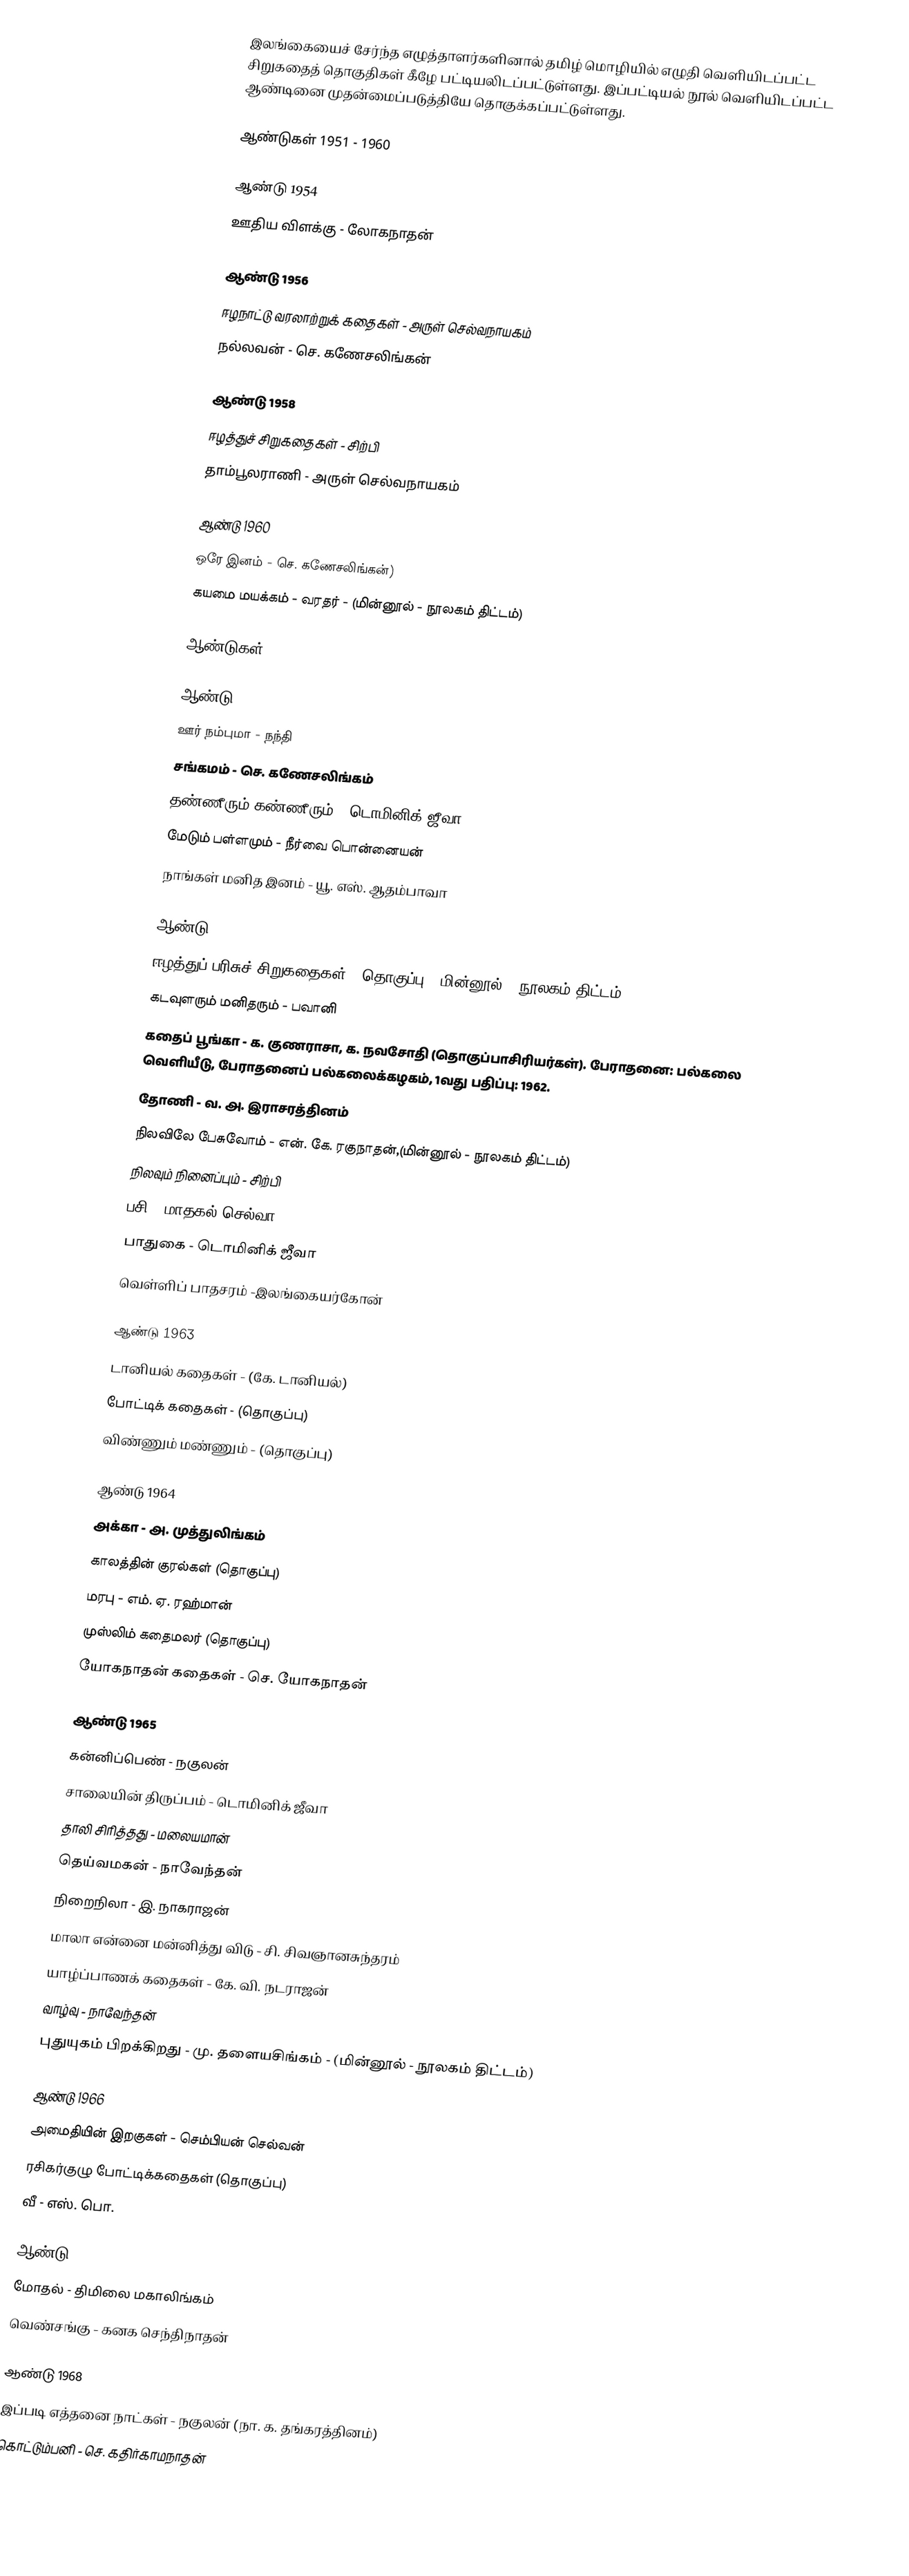
இலங்கையைச் சேர்ந்த எழுத்தாளர்களினால் தமிழ் மொழியில் எழுதி வெளியிடப்பட்ட சிறுகதைத் தொகுதிகள் கீழே பட்டியலிடப்பட்டுள்ளது. இப்பட்டியல் நூல் வெளியிடப்பட்ட ஆண்டினை முதன்மைப்படுத்தியே தொகுக்கப்பட்டுள்ளது.

ஆண்டுகள் 1951 - 1960

ஆண்டு 1954
 ஊதிய விளக்கு  - லோகநாதன்

ஆண்டு 1956
ஈழநாட்டு வரலாற்றுக் கதைகள் - அருள் செல்வநாயகம்
 நல்லவன் - செ. கணேசலிங்கன்

ஆண்டு 1958
 ஈழத்துச் சிறுகதைகள் - சிற்பி
 தாம்பூலராணி - அருள் செல்வநாயகம்

ஆண்டு 1960
 ஒரே இனம் - செ. கணேசலிங்கன்)
 கயமை மயக்கம் - வரதர் - (மின்னூல் - நூலகம் திட்டம்)

ஆண்டுகள் 1961 - 1970

ஆண்டு 1961
 ஊர் நம்புமா - நந்தி
 சங்கமம்  - செ. கணேசலிங்கம்
 தண்ணீரும் கண்ணீரும் - டொமினிக் ஜீவா
 மேடும் பள்ளமும் - நீர்வை பொன்னையன்
 நாங்கள் மனித இனம் - யூ. எஸ். ஆதம்பாவா

ஆண்டு 1962
 ஈழத்துப் பரிசுச் சிறுகதைகள் - தொகுப்பு, (மின்னூல் - நூலகம் திட்டம்)
 கடவுளரும் மனிதரும் - பவானி
 கதைப் பூங்கா - க. குணராசா, க. நவசோதி (தொகுப்பாசிரியர்கள்). பேராதனை: பல்கலை வெளியீடு, பேராதனைப் பல்கலைக்கழகம், 1வது பதிப்பு: 1962.
 தோணி - வ. அ. இராசரத்தினம்
 நிலவிலே பேசுவோம் - என். கே. ரகுநாதன்,(மின்னூல் - நூலகம் திட்டம்)
 நிலவும் நினைப்பும் - சிற்பி
 பசி - மாதகல் செல்வா
 பாதுகை - டொமினிக் ஜீவா
 வெள்ளிப் பாதசரம் -இலங்கையர்கோன்

ஆண்டு 1963
 டானியல் கதைகள் - (கே. டானியல்)
 போட்டிக் கதைகள் - (தொகுப்பு)
 விண்ணும் மண்ணும் - (தொகுப்பு)

ஆண்டு 1964
 அக்கா - அ. முத்துலிங்கம்
 காலத்தின் குரல்கள் (தொகுப்பு)
 மரபு - எம். ஏ. ரஹ்மான்
 முஸ்லிம் கதைமலர் (தொகுப்பு)
 யோகநாதன் கதைகள் - செ. யோகநாதன்

ஆண்டு 1965
 கன்னிப்பெண் - நகுலன்
 சாலையின் திருப்பம் - டொமினிக் ஜீவா
 தாலி சிரித்தது - மலையமான்
 தெய்வமகன் - நாவேந்தன்
 நிறைநிலா - இ. நாகராஜன்
 மாலா என்னை மன்னித்து விடு - சி. சிவஞானசுந்தரம்
 யாழ்ப்பாணக் கதைகள் - கே. வி. நடராஜன்
 வாழ்வு - நாவேந்தன்
 புதுயுகம் பிறக்கிறது - மு. தளையசிங்கம் - (மின்னூல் - நூலகம் திட்டம்)

ஆண்டு 1966
 அமைதியின் இறகுகள் - செம்பியன் செல்வன்
 ரசிகர்குழு போட்டிக்கதைகள் (தொகுப்பு)
 வீ - எஸ். பொ.

ஆண்டு 1967
 மோதல் - திமிலை மகாலிங்கம்
 வெண்சங்கு - கனக செந்திநாதன்

ஆண்டு 1968
 இப்படி எத்தனை நாட்கள் - நகுலன் (நா. க. தங்கரத்தினம்)
 கொட்டும்பனி - செ. கதிர்காமநாதன்